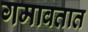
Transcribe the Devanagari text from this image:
गमावतात